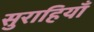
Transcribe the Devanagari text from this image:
सुराहियाँ